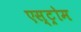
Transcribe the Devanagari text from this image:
एस्ट्रोम